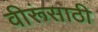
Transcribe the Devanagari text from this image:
वीरूंसाठी